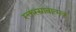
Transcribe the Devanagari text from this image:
रक्तस्स्रावात्मक